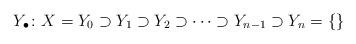
LaTeX: \begin{align*} Y_\bullet \colon X=Y_0\supset Y_1 \supset Y_2 \supset \cdots \supset Y_{n-1} \supset Y_n =\{\} \end{align*}